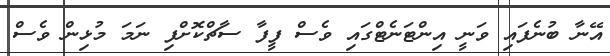
އޭނާ ބުނެފައި ވަނީ އިންޓަނެޓްގައި ވެސް ފީފާ ސާޗްކޮށްފި ނަމަ މުޅިން ވެސް